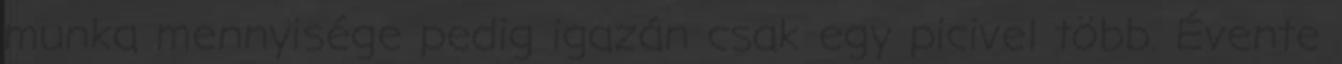
munka mennyisége pedig igazán csak egy picivel több. Évente